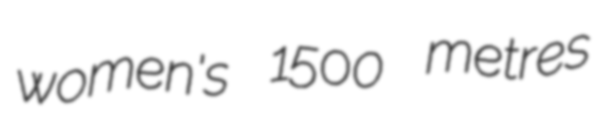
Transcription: women's 1500 metres